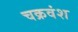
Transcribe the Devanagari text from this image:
चक्रवंश